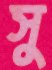
সু